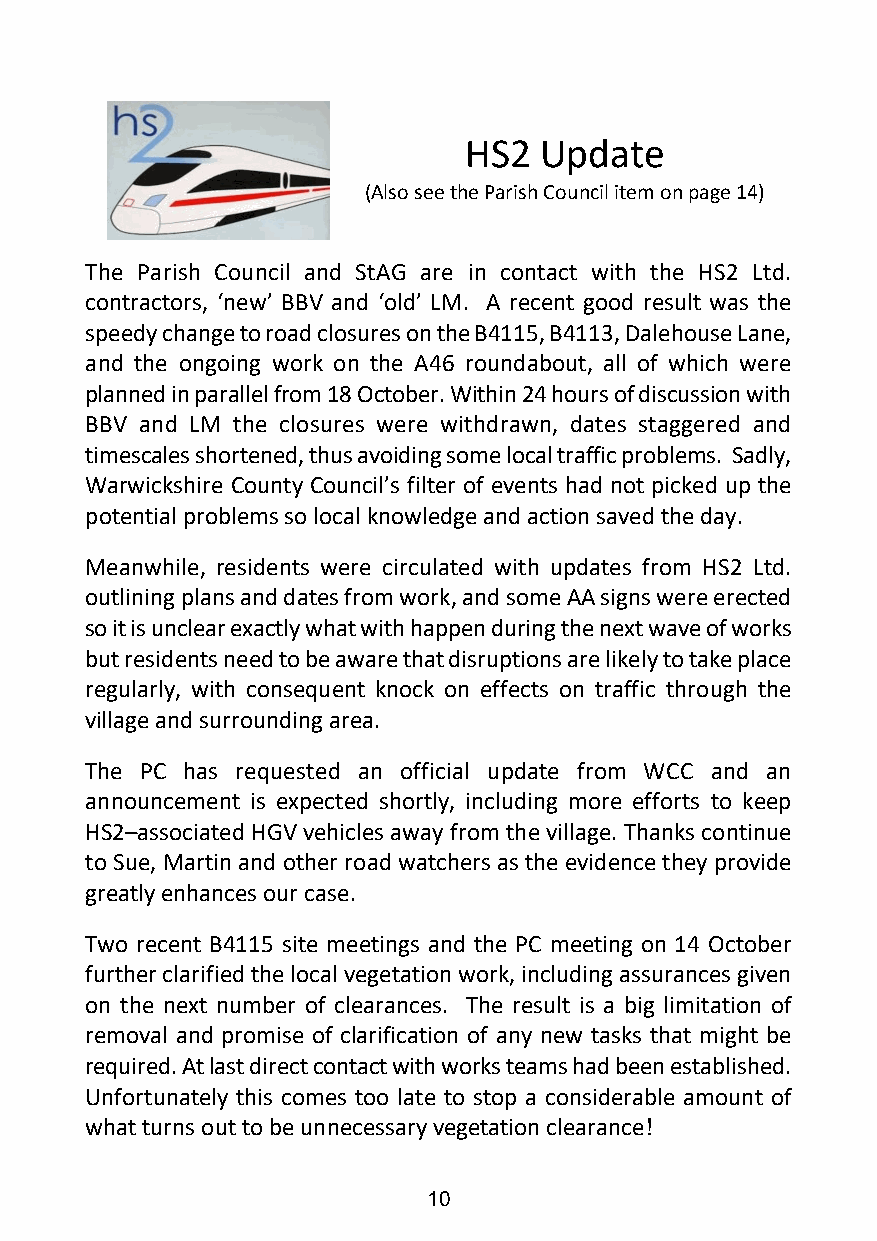
HS2  Update
 (Also see the Parish Council item on page 14)
 The Parish Council and StAG are in contact with the HS2 Ltd.
 contractors, ‘new’ BBV and ‘old’ LM. A recent good result was the
 speedy change to road closures on the B4115, B4113, Dalehouse Lane,
 and the ongoing work on the A46 roundabout, all of which were
 planned in parallel from 18 October. Within 24 hours of discussion with
 BBV and LM the closures were withdrawn, dates staggered and
 timescales shortened, thus avoiding some local traffic problems. Sadly,
 Warwickshire County Council’s filter of events had not picked up the
 potential problems so local knowledge and action saved the day.
 Meanwhile, residents were circulated with updates from HS2 Ltd.
 outlining plans and dates from work, and some AA signs were erected
 so it is unclear exactly what with happen during the next wave of works
 but residents need to be aware that disruptions are likely to take place
 regularly, with consequent knock on effects on traffic through the
 village and surrounding area.
 The PC has requested an official update from WCC and an
 announcement is expected shortly, including more efforts to keep
 HS2–associated HGV vehicles away from the village. Thanks continue
 to Sue, Martin and other road watchers as the evidence they provide
 greatly enhances our case.
 Two recent B4115 site meetings and the PC meeting on 14 October
 further clarified the local vegetation work, including assurances given
 on the next number of clearances. The result is a big limitation of
 removal and promise of clarification of any new tasks that might be
 required. At last direct contact with works teams had been established.
 Unfortunately this comes too late to stop a considerable amount of
 what turns out to be unnecessary vegetation clearance!
 10